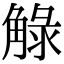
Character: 觮